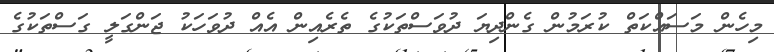
މިހެން މަސައްކަތް ކުރަމުން ގެންދިޔަ ދުވަސްތަކުގެ ތެރެއިން އެއް ދުވަހަކު ޖަންގަލީ ގަސްތަކުގެ